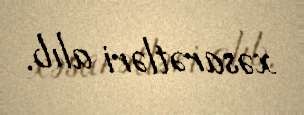
xəsarətləri alıb.